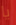
يا